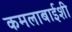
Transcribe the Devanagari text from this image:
कमलाबाईशी